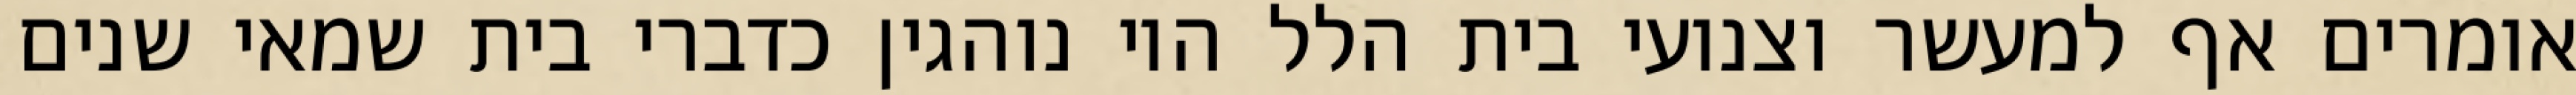
אומרים אף למעשר וצנועי בית הלל היו נוהגין כדברי בית שמאי שנים